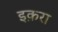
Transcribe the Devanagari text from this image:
इक़रा